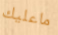
ماعليك